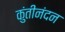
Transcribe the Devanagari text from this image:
कुंतीनंदन